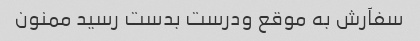
سفآرش به موقع ودرست بدست رسید ممنون